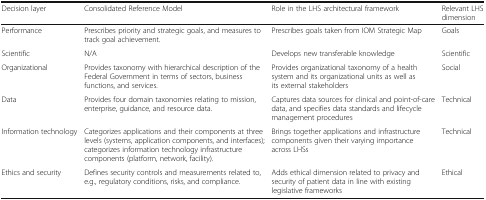
<table><thead><tr><td><b>Decision layer</b></td><td><b>Consolidated Reference Model</b></td><td><b>Role in the LHS architectural framework</b></td><td><b>Relevant LHS dimension</b></td></tr></thead><tbody><tr><td>Performance</td><td>Prescribes priority and strategic goals, and measures to track goal achievement.</td><td>Prescribes goals taken from IOM Strategic Map</td><td>Goals</td></tr><tr><td>Scientific</td><td>N/A</td><td>Develops new transferable knowledge</td><td>Scientific</td></tr><tr><td>Organizational</td><td>Provides taxonomy with hierarchical description of the Federal Government in terms of sectors, business functions, and services.</td><td>Provides organizational taxonomy of a health system and its organizational units as well as its external stakeholders</td><td>Social</td></tr><tr><td>Data</td><td>Provides four domain taxonomies relating to mission, enterprise, guidance, and resource data.</td><td>Captures data sources for clinical and point-of-care data, and specifies data standards and lifecycle management procedures</td><td>Technical</td></tr><tr><td>Information technology</td><td>Categorizes applications and their components at three levels (systems, application components, and interfaces); categorizes information technology infrastructure components (platform, network, facility).</td><td>Brings together applications and infrastructure components given their varying importance across LHSs</td><td>Technical</td></tr><tr><td>Ethics and security</td><td>Defines security controls and measurements related to, e.g., regulatory conditions, risks, and compliance.</td><td>Adds ethical dimension related to privacy and security of patient data in line with existing legislative frameworks</td><td>Ethical</td></tr></tbody></table>